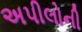
અપીલોની